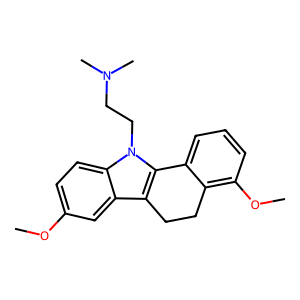
SMILES: COc1ccc2c(c1)c1c(n2CCN(C)C)-c2cccc(OC)c2CC1
Inhibits HIV replication: No